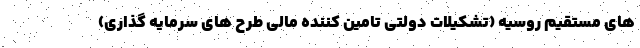
های مستقیم روسیه (تشکیلات دولتی تامین کننده مالی طرح های سرمایه گذاری)